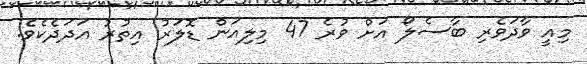
މިއީ ވާދަވެރި ބާސެލޯ އަށް ވުރެ 47 މިލިއަން ޑޮލަރު އިތުރު އަދަދެކެވެ.